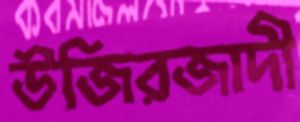
উজিরজাদী